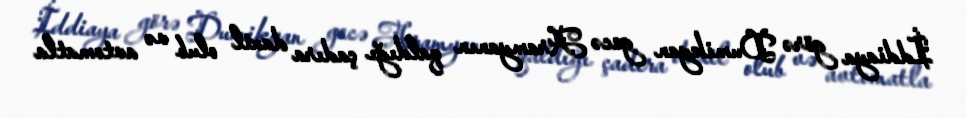
İddiaya görə Dumikyan gecə Aramyanın qaldığı çadıra daxil olub və avtomatla